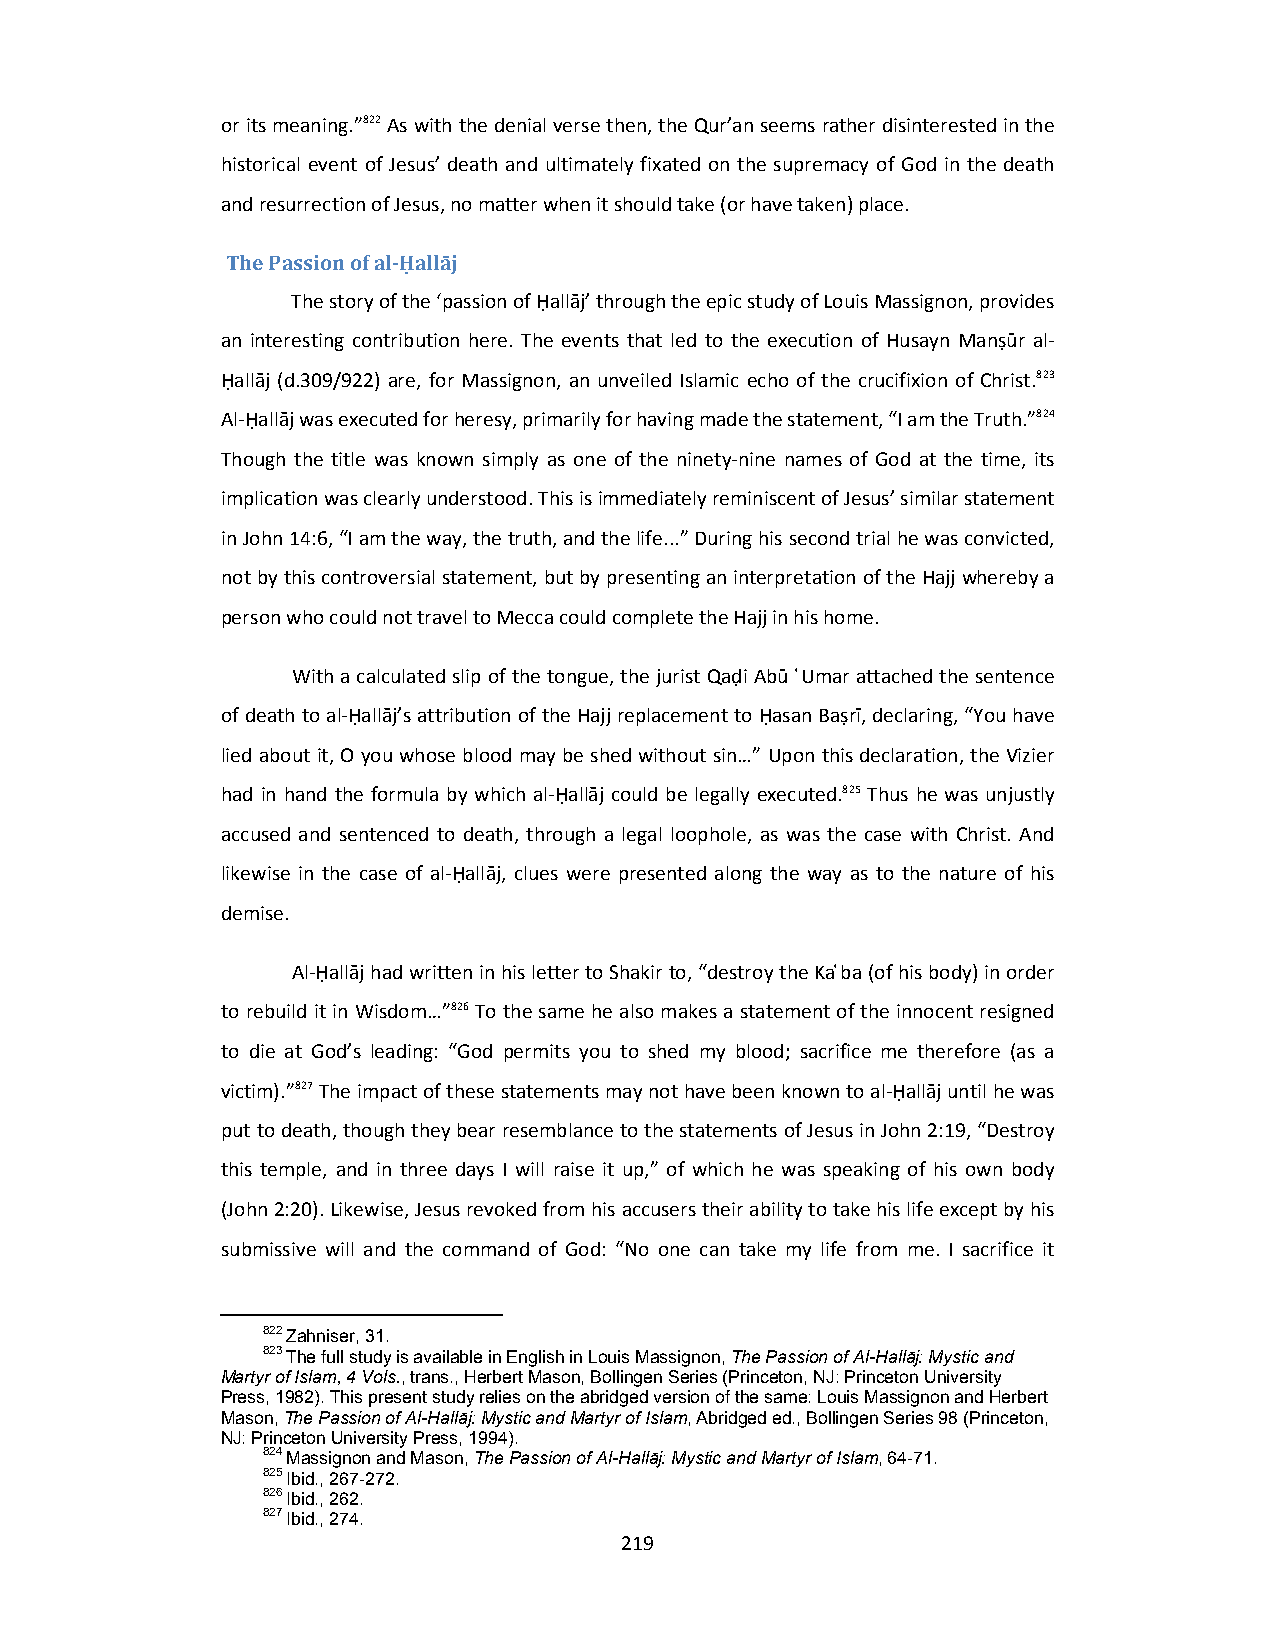
or its meaning.”822 As with the denial verse then, the Qur’an seems rather disinterested in the
 historical event of Jesus’ death and ultimately fixated on the supremacy of God in the death
 and resurrection of Jesus, no matter when it should take (or have taken) place.
 The Passion of al‐Ḥallāj
 The story of the ‘passion of Ḥallāj’ through the epic study of Louis Massignon, provides
 an interesting contribution here. The events that led to the execution of Husayn Manṣūr al‐
 Ḥallāj (d.309/922) are, for Massignon, an unveiled Islamic echo of the crucifixion of Christ.823
 Al‐Ḥallāj was executed for heresy, primarily for having made the statement, “I am the Truth.”824
 Though the title was known simply as one of the ninety‐nine names of God at the time, its
 implication was clearly understood. This is immediately reminiscent of Jesus’ similar statement
 in John 14:6, “I am the way, the truth, and the life...” During his second trial he was convicted,
 not by this controversial statement, but by presenting an interpretation of the Hajj whereby a
 person who could not travel to Mecca could complete the Hajj in his home.
 With a calculated slip of the tongue, the jurist Qaḍi Abū ͑Umar attached the sentence
 of death to al‐Ḥallāj’s attribution of the Hajj replacement to Ḥasan Baṣrī, declaring, “You have
 lied about it, O you whose blood may be shed without sin…” Upon this declaration, the Vizier
 had in hand the formula by which al‐Ḥallāj could be legally executed.825 Thus he was unjustly
 accused and sentenced to death, through a legal loophole, as was the case with Christ. And
 likewise in the case of al‐Ḥallāj, clues were presented along the way as to the nature of his
 demise.
 Al‐Ḥallāj had written in his letter to Shakir to, “destroy the Ka ͑ba (of his body) in order
 to rebuild it in Wisdom…”826 To the same he also makes a statement of the innocent resigned
 to die at God’s leading: “God permits you to shed my blood; sacrifice me therefore (as a
 victim).”827 The impact of these statements may not have been known to al‐Ḥallāj until he was
 put to death, though they bear resemblance to the statements of Jesus in John 2:19, “Destroy
 this temple, and in three days I will raise it up,” of which he was speaking of his own body
 (John 2:20). Likewise, Jesus revoked from his accusers their ability to take his life except by his
 submissive will and the command of God: “No one can take my life from me. I sacrifice it
 822 Zahniser, 31.
 823 The full study is available in English in Louis Massignon, The Passion of Al-Hallāj: Mystic and
 Martyr of Islam, 4 Vols., trans., Herbert Mason, Bollingen Series (Princeton, NJ: Princeton University
 Press, 1982). This present study relies on the abridged version of the same: Louis Massignon and Herbert
 Mason, The Passion of Al-Hallāj: Mystic and Martyr of Islam, Abridged ed., Bollingen Series 98 (Princeton,
 NJ: Princeton University Press, 1994).
 824 Massignon and Mason, The Passion of Al-Hallāj: Mystic and Martyr of Islam, 64-71.
 825 Ibid., 267-272.
 826 Ibid., 262.
 827 Ibid., 274.
 219